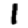
Digit: 1